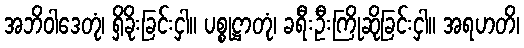
အဘိဝါဒေတုံ၊ ရှိခိုးခြင်းငှါ။ ပစ္စုဋ္ဌာတုံ၊ ခရီးဦးကြိုဆိုခြင်းငှါ။ အရဟတိ၊